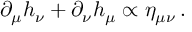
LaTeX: \partial _ { \mu } h _ { \nu } + \partial _ { \nu } h _ { \mu } \propto \eta _ { \mu \nu } \, .